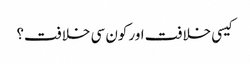
کیسی خلافت اور کون سی خلافت؟